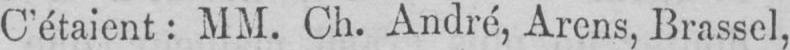
C’étaient: MM. Ch. André, Arens, Brassel,